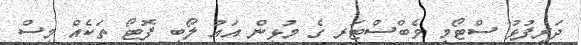
ދަރިފުޅު ސްޓޯމީ ވެބްސްޓަރ ގެ މުޅިން އައު ލޯބި ފޮޓޯ ތަކެއް މީސް